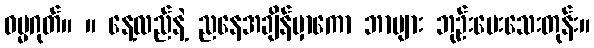
ဓမ္မဂုတ်။ ။ နေ့လည်နဲ့ ညနေအချိန်မှာကော ဘာများ ဘုဉ်းပေးသေးတုန်း။